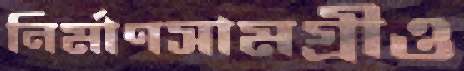
নির্মাণসামগ্রীও